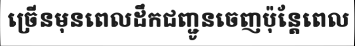
ច្រើនមុនពេលដឹកជញ្ជូនចេញប៉ុន្តែពេល